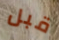
قبل